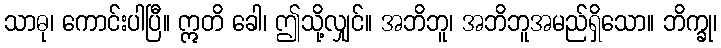
သာဓု၊ ကောင်းပါပြီ။ ဣတိ ခေါ၊ ဤသို့လျှင်။ အဘိဘူ၊ အဘိဘူအမည်ရှိသော။ ဘိက္ခု၊